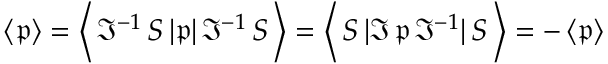
\left\langle { \mathfrak { p } } \right\rangle = \left\langle \, { \mathfrak { I } } ^ { - 1 } \, S \, | { \mathfrak { p } } | \, { \mathfrak { I } } ^ { - 1 } \, S \, \right\rangle = \left\langle \, S \, | { \mathfrak { I } } \, { \mathfrak { p } } \, { \mathfrak { I } } ^ { - 1 } | \, S \, \right\rangle = - \left\langle { \mathfrak { p } } \right\rangle